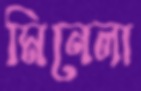
মিনেলা